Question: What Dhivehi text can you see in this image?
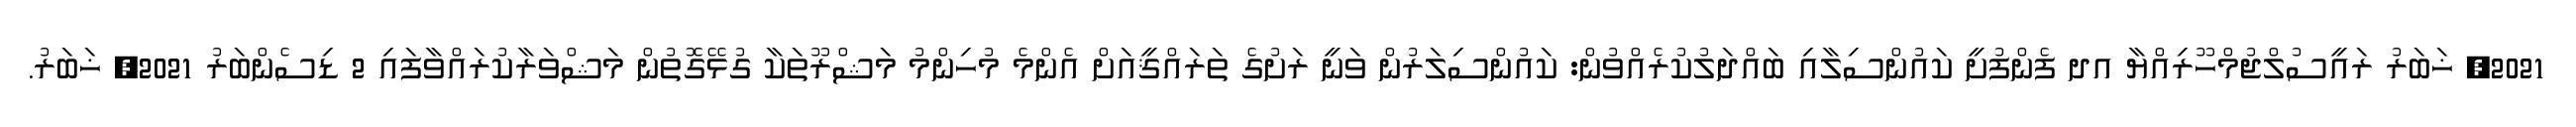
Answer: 2021, ޚަބަރު ރައީސުލްޖުމްހޫރިއްޔާ އދ ފެންފުށީ ކައުންސިލާއި ބައްދަލުކުރެއްވުން: ކައުންސިލަރުން ވަނީ ރަށުގެ ތަރައްޤީއަށް އެންމެ މުހިންމު މަޝްރޫތަކާ ގުޅޭގޮތުން މަޝްވަރާކުރައްވާފައި 2 ޑިސެންބަރު 2021, ޚަބަރު.